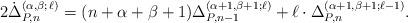
LaTeX: \begin{align*} 2 \dot{\Delta}_{P, n}^{( \alpha, \beta; \,\ell)} = (n + \alpha + \beta + 1) \Delta_{P, n- 1}^{( \alpha+ 1, \beta + 1; \ell)} + \ell \cdot \Delta_{P, n}^{( \alpha + 1, \beta + 1; \ell-1)}. \end{align*}